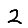
Digit: 2